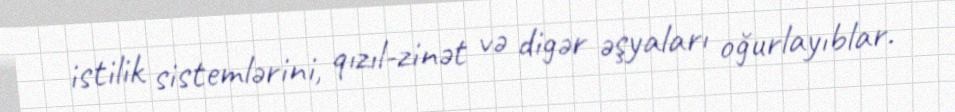
istilik sistemlərini, qızıl-zinət və digər əşyaları oğurlayıblar.